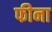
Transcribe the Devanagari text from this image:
फीना